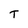
Character: T